Lunatic asylums United Provinces 1899-1908 - 1899-1908
Year: 1899
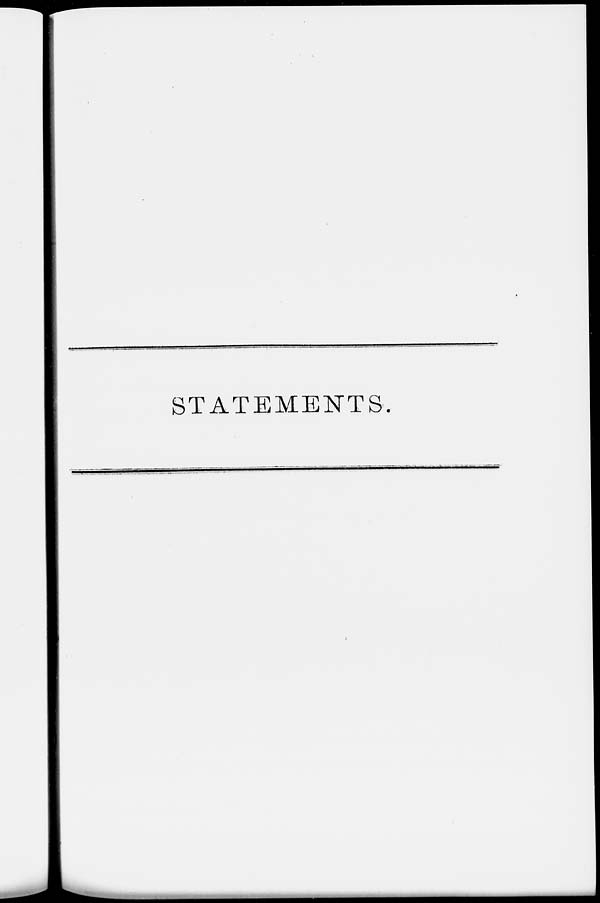
STATEMENTS.